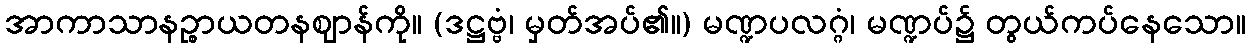
အာကာသာနဉ္စာယတနဈာန်ကို။ (ဒဋ္ဌဗ္ဗံ၊ မှတ်အပ်၏။) မဏ္ဍပလဂ္ဂံ၊ မဏ္ဍပ်၌ တွယ်ကပ်နေသော။